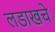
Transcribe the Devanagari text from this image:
लडाखचे